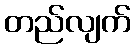
တည်လျက်